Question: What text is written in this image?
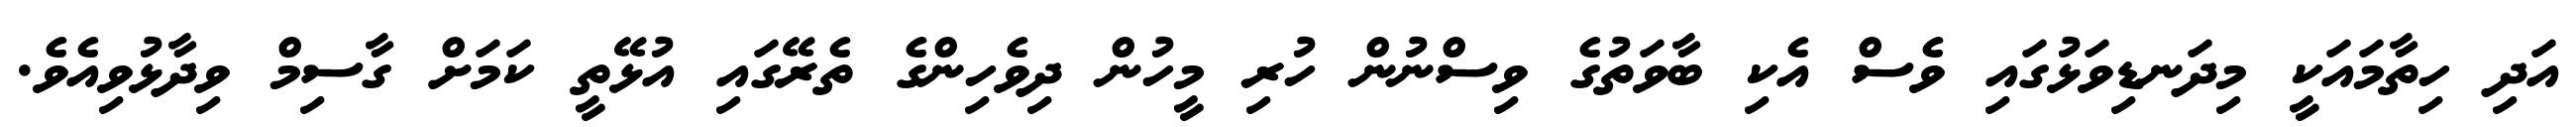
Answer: އަދި ހިތާމައަކީ މިދަނޑިވަޅުގައި ވެސް އެކި ބާވަތުގެ ވިސްނުން ހުރި މީހުން ދިވެހިންގެ ތެރޭގައި އުޅޭތީ ކަމަށް ގާސިމް ވިދާޅުވިއެވެ.